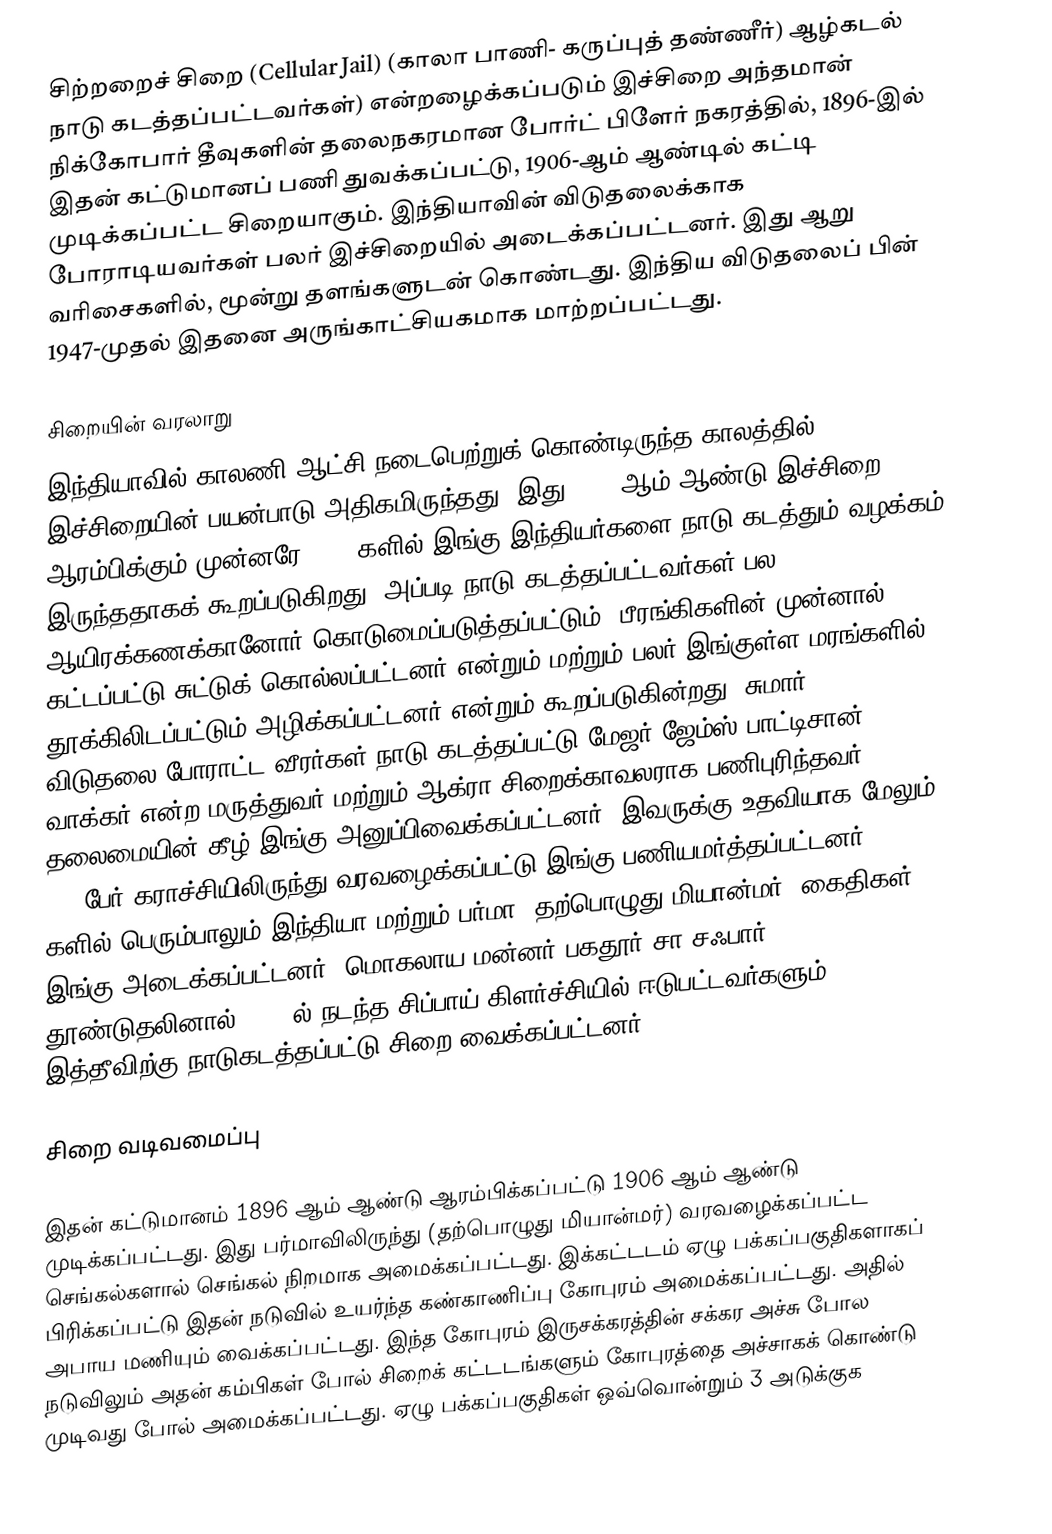
சிற்றறைச் சிறை (Cellular Jail) (காலா பாணி- கருப்புத் தண்ணீர்)  ஆழ்கடல் நாடு கடத்தப்பட்டவர்கள்) என்றழைக்கப்படும் இச்சிறை அந்தமான் நிக்கோபார் தீவுகளின் தலைநகரமான போர்ட் பிளேர் நகரத்தில், 1896-இல் இதன் கட்டுமானப் பணி துவக்கப்பட்டு, 1906-ஆம் ஆண்டில் கட்டி முடிக்கப்பட்ட சிறையாகும். இந்தியாவின் விடுதலைக்காக போராடியவர்கள் பலர் இச்சிறையில் அடைக்கப்பட்டனர். இது ஆறு வரிசைகளில், மூன்று தளங்களுடன் கொண்டது. இந்திய விடுதலைப் பின் 1947-முதல் இதனை அருங்காட்சியகமாக மாற்றப்பட்டது.

சிறையின் வரலாறு
இந்தியாவில் காலணி ஆட்சி நடைபெற்றுக் கொண்டிருந்த காலத்தில் இச்சிறையின் பயன்பாடு அதிகமிருந்தது. இது 1896 ஆம் ஆண்டு இச்சிறை ஆரம்பிக்கும்  முன்னரே 1857 களில் இங்கு இந்தியர்களை நாடு கடத்தும் வழக்கம் இருந்ததாகக் கூறப்படுகிறது. அப்படி நாடு கடத்தப்பட்டவர்கள் பல ஆயிரக்கணக்கானோர் கொடுமைப்படுத்தப்பட்டும், பீரங்கிகளின் முன்னால் கட்டப்பட்டு சுட்டுக் கொல்லப்பட்டனர் என்றும் மற்றும் பலர் இங்குள்ள மரங்களில் தூக்கிலிடப்பட்டும் அழிக்கப்பட்டனர் என்றும் கூறப்படுகின்றது. சுமார் 200 விடுதலை போராட்ட வீரர்கள் நாடு கடத்தப்பட்டு மேஜர் ஜேம்ஸ் பாட்டிசான் வாக்கர்  என்ற மருத்துவர் மற்றும் ஆக்ரா சிறைக்காவலராக பணிபுரிந்தவர் தலைமையின் கீழ் இங்கு அனுப்பிவைக்கப்பட்டனர். இவருக்கு உதவியாக மேலும் 733 பேர் கராச்சியிலிருந்து வரவழைக்கப்பட்டு இங்கு பணியமர்த்தப்பட்டனர். 1868 களில் பெரும்பாலும்  இந்தியா மற்றும் பர்மா (தற்பொழுது மியான்மர்) கைதிகள் இங்கு அடைக்கப்பட்டனர். மொகலாய மன்னர் பகதூர் சா சஃபார் தூண்டுதலினால் 1857 ல் நடந்த சிப்பாய் கிளர்ச்சியில் ஈடுபட்டவர்களும் இத்தீவிற்கு நாடுகடத்தப்பட்டு சிறை வைக்கப்பட்டனர்.

சிறை வடிவமைப்பு

இதன் கட்டுமானம் 1896 ஆம் ஆண்டு ஆரம்பிக்கப்பட்டு 1906 ஆம் ஆண்டு முடிக்கப்பட்டது. இது பர்மாவிலிருந்து (தற்பொழுது மியான்மர்) வரவழைக்கப்பட்ட செங்கல்களால் செங்கல் நிறமாக அமைக்கப்பட்டது. இக்கட்டடம் ஏழு பக்கப்பகுதிகளாகப் பிரிக்கப்பட்டு இதன் நடுவில் உயர்ந்த கண்காணிப்பு கோபுரம் அமைக்கப்பட்டது. அதில் அபாய மணியும் வைக்கப்பட்டது. இந்த கோபுரம் இருசக்கரத்தின்  சக்கர அச்சு போல நடுவிலும் அதன் கம்பிகள் போல் சிறைக் கட்டடங்களும் கோபுரத்தை அச்சாகக் கொண்டு முடிவது போல் அமைக்கப்பட்டது. ஏழு பக்கப்பகுதிகள் ஒவ்வொன்றும் 3 அடுக்குக